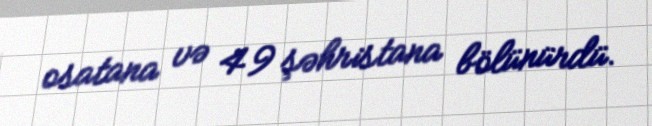
osatana və 49 şəhristana bölünürdü.